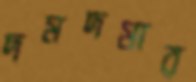
দমদমার